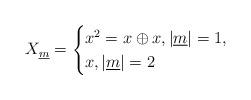
LaTeX: \begin{align*}X_{\underline{m}}=\begin{cases}x^2=x\oplus x, \vert \underline{m}\vert=1,\\x, \vert \underline{m}\vert=2\end{cases}\end{align*}